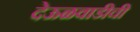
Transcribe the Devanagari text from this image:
देऊळवाडीची